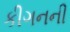
કીગનની